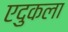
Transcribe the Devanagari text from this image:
एदुकला